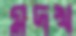
মদখ